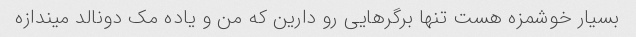
بسیار خوشمزه هست تنها برگرهایی رو دارین که من و یاده مک دونالد میندازه